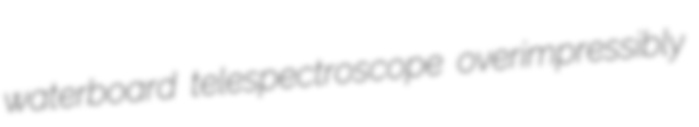
waterboard telespectroscope overimpressibly